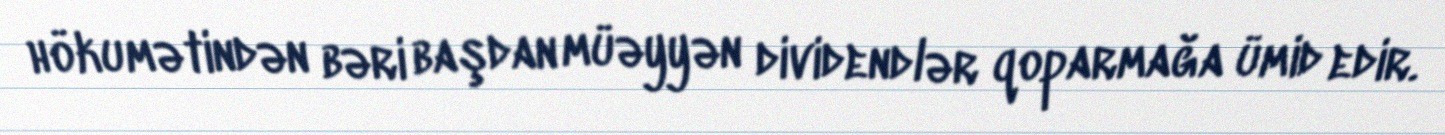
hökumətindən bəri başdan müəyyən dividendlər qoparmağa ümid edir.